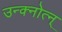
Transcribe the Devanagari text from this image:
उन्क्नोत्न्